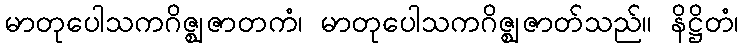
မာတုပေါသကဂိဇ္ဈဇာတကံ၊ မာတုပေါသကဂိဇ္ဈဇာတ်သည်။ နိဋ္ဌိတံ၊